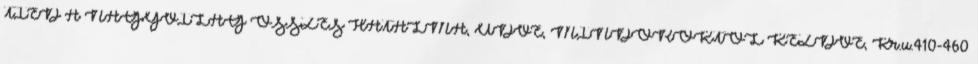
TIÉD A NAGYVILÁG ÖSSZES HATALMA, ÜDVE, MINDÖRÖKTŐL KEZDVE, Kr.u.410-460